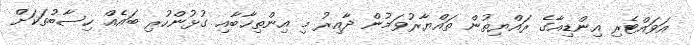
އަވައްޓެރި އިންޑިއާގެ ރައްޔިތުން ތައްޔާރުވަމުން ދާއިރު މި އިންތިޚާބާއި ގުޅުންހުރި ބައެއް ހިސާބުތަކަށް